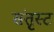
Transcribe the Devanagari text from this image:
संतृस्ट